Plague in India, 1896, 1897 - Volume 1
Year: 1896
Disease focus: Plague
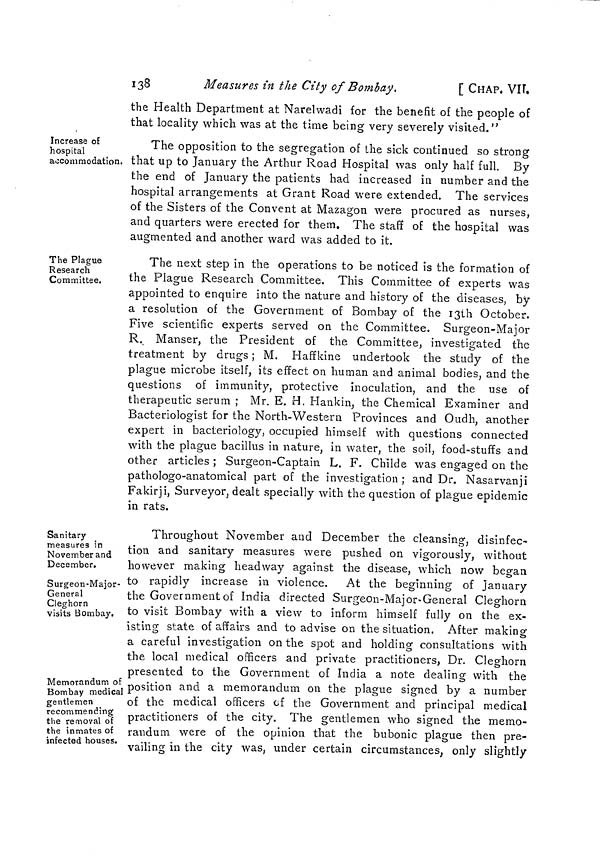
138
Measures in the City of Bombay.
[ CHAP. VII..
the Health Department at Narelwadi for the benefit of the people of
that locality which was at the time being very severely visited."
Increase of
hospital
accommodation.
The opposition to the segregation of the sick continued so strong
that up to January the Arthur Road Hospital was only half full. By
the end of January the patients had increased in number and the
hospital arrangements at Grant Road were extended. The services
of the Sisters of the Convent at Mazagon were procured as nurses,
and quarters were erected for them. The staff of the hospital was
augmented and another ward was added to it.
The Plague
Research
Committee.
The next step in the operations to be noticed is the formation of
the Plague Research Committee. This Committee of experts was
appointed to enquire into the nature and history of the diseases, by
a resolution of the Government of Bombay of the 13th October.
Five scientific experts served on the Committee. Surgeon-Major
R. Manser, the President of the Committee, investigated the
treatment by drugs ; M. Haffkine undertook the study of the
plague microbe itself, its effect on human and animal bodies, and the
questions of immunity, protective inoculation, and the use of
therapeutic serum ; Mr. E. H. Hankin, the Chemical Examiner and
Bacteriologist for the North-Western Provinces and Oudh, another
expert in bacteriology, occupied himself with questions connected
with the plague bacillus in nature, in water, the soil, food-stuffs and
other articles ; Surgeon-Captain L. F. Childe was engaged on the
pathologo-anatomical part of the investigation ; and Dr. Nasarvanji
Fakirji, Surveyor, dealt specially with the question of plague epidemic
in rats.
Sanitary
measures in
November and
December.
Surgeon-Major-
General
Cleghorn
visits Bombay.
Memorandum of
Bombay medical
gentlemen
recommending
the removal of
the inmates of
infected houses.
Throughout November and December the cleansing, disinfec-
tion and sanitary measures were pushed on vigorously, without
however making headway against the disease, which now began
to rapidly increase in violence. At the beginning of January
the Government of India directed Surgeon-Major-General Cleghorn
to visit Bombay with a view to inform himself fully on the ex-
isting state of affairs and to advise on the situation. After making
a careful investigation on the spot and holding consultations with
the local medical officers and private practitioners, Dr. Cleghorn
presented to the Government of India a note dealing with the
position and a memorandum on the plague signed by a number
of the medical officers of the Government and principal medical
practitioners of the city. The gentlemen who signed the memo-
randum were of the opinion that the bubonic plague then pre-
' vailing in the city was, under certain circumstances, only slightly